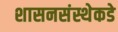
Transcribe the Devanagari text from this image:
शासनसंस्थेकडे